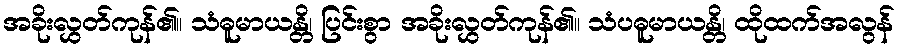
အခိုးလွှတ်ကုန်၏။ သံဓူမာယန္တိ၊ ပြင်းစွာ အခိုးလွှတ်ကုန်၏။ သံပဓူမာယန္တိ၊ ထိုထက်အလွန်